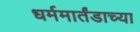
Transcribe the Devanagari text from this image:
धर्ममार्तंडाच्या